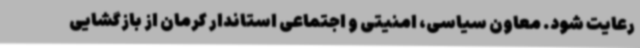
رعایت شود. معاون سیاسی، امنیتی و اجتماعی استاندار کرمان از بازگشایی